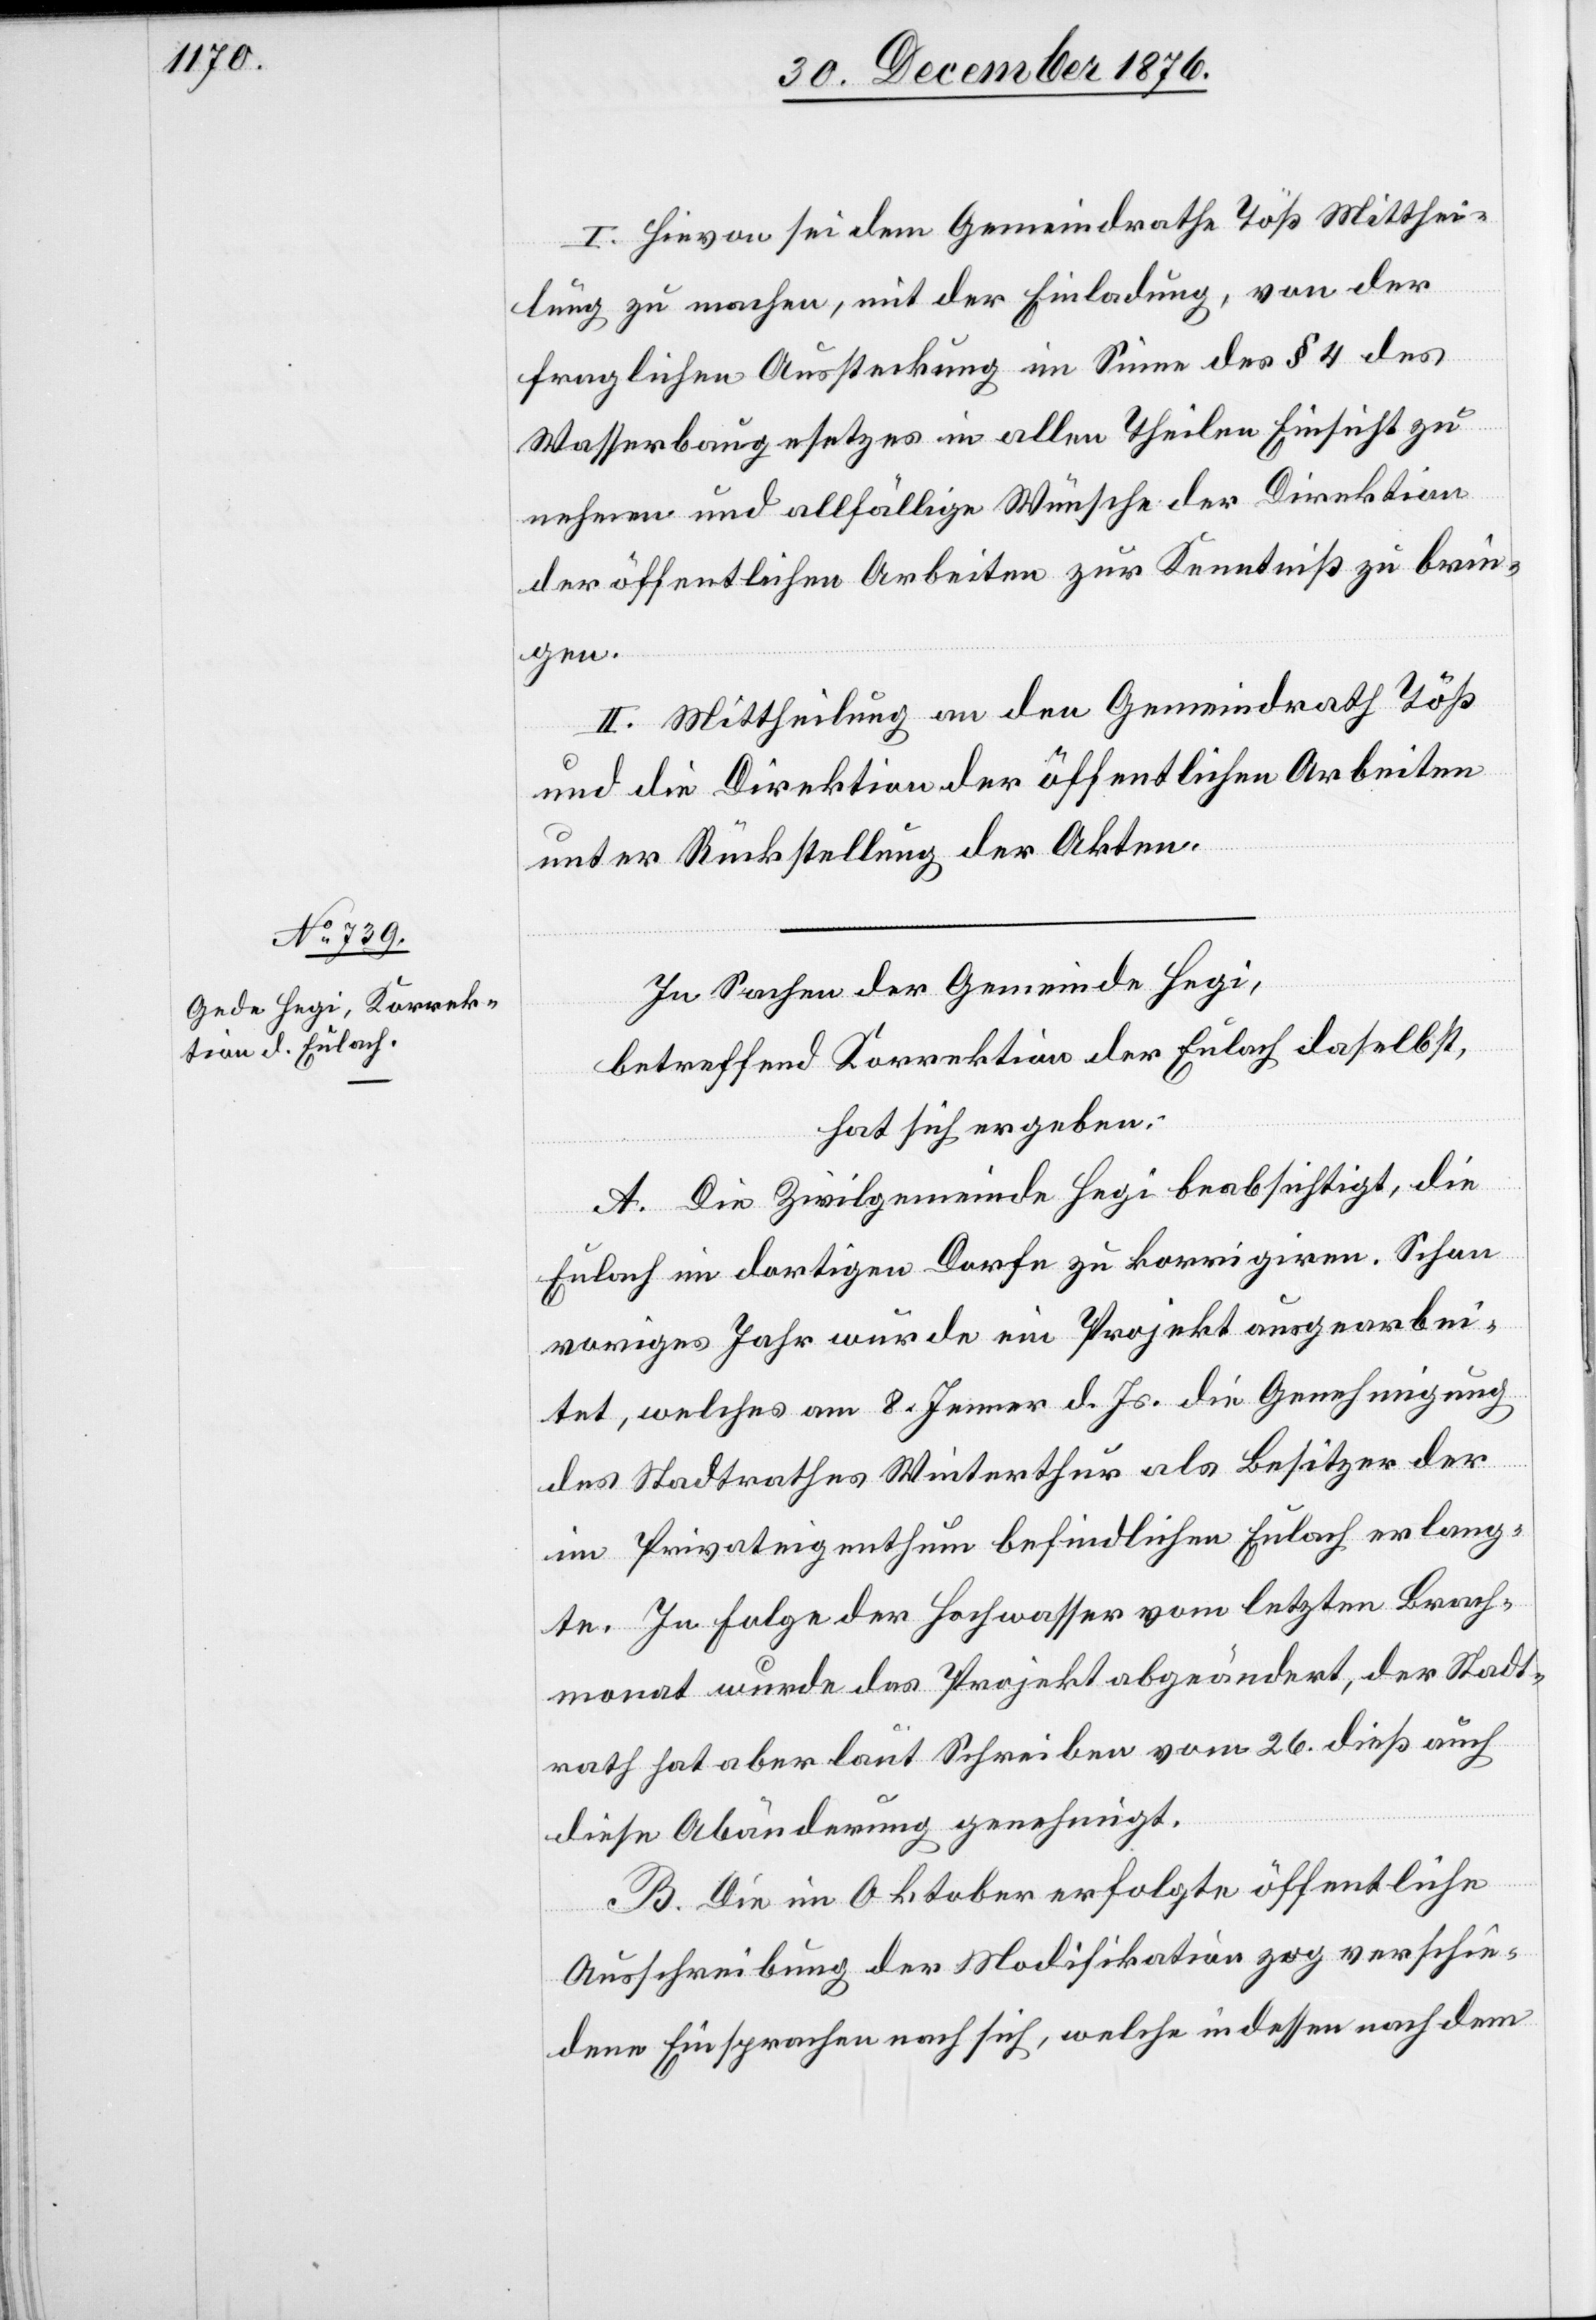
I. Hievon sei dem Gemeindrathe Töß Mitthei¬
lung zu machen, mit der Einladung, von der
fraglichen Ausstreckung im Sinne des § 4 des
Wasserbaugesetzes in allen Theilen Einsicht zu
nehmen und allfällige Wünsche der Direktion
der öffentlichen Arbeiten zur Kenntniß zu brin¬
gen.
II. Mittheilung an den Gemeindrath Töß
und die Direktion der öffentlichen Arbeiten
unter Rückstellung der Akten.
In Sachen der Gemeinde Hegi,
betreffend Korrektion der Eulach daselbst,
hat sich ergeben:
A. Die Zivilgemeinde Hegi beabsichtigt, die
Eulach im dortigen Dorfe zu korrigiren. Schon
voriges Jahr wurde ein Projekt ausgearbei¬
tet, welches am 8. Jenner d. Js. die Genehmigung
des Stadtrathes Winterthur als Besitzer der
im Privateigenthum befindlichen Eulach erlang¬
te. In Folge der Hochwasser vom letzten Brach¬
monat wurde das Projekt abgeändert, der Stadt¬
rath hat aber laut Schreiben vom 26. dieß auch
diese Abänderung genehmigt.
B. Die im Oktober erfolgte öffentliche
Ausschreibung der Modifikation zog verschie¬
dene Einsprachen nach sich, welche indessen nach dem